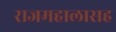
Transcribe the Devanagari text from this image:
राजमहालासह